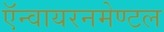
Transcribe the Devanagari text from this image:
ऍन्वायरनमेण्टल